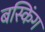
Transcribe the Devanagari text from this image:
बस्किंग